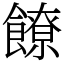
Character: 䭜